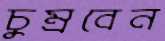
চুম্‌রবেন